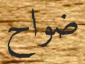
ضواح